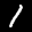
Label: 1